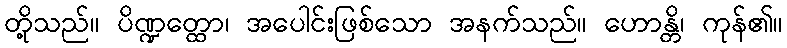
တို့သည်။ ပိဏ္ဍတ္ထော၊ အပေါင်းဖြစ်သော အနက်သည်။ ဟောန္တိ၊ ကုန်၏။